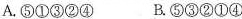
A.⑤①③②④ B.⑤③②①④